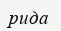
рида